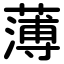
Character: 薄